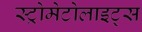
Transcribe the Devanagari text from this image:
स्ट्रोमेटोलाइट्स